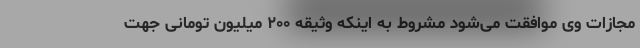
مجازات وی موافقت می‌شود مشروط به اینکه وثیقه ۲۰۰ میلیون تومانی جهت